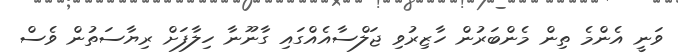
ވަނީ އެންމެ ތިން މެންބަރުން ހާޒިރުވި ޖަލްސާއެއްގައި ގާނޫނާ ހިލާފަށް ރިޔާސަތުން ވެސް